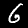
Label: 6